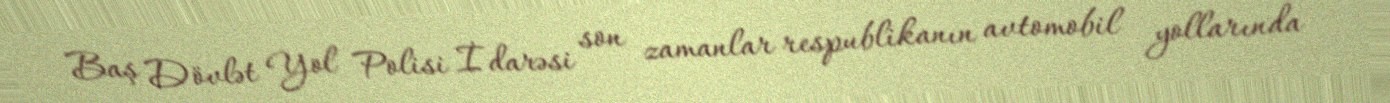
Baş Dövlət Yol Polisi İdarəsi son zamanlar respublikanın avtomobil yollarında